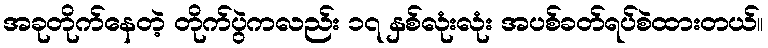
အခုတိုက်နေတဲ့ တိုက်ပွဲကလည်း ၁၇ နှစ်လုံးလုံး အပစ်ခတ်ရပ်စဲထားတယ်။